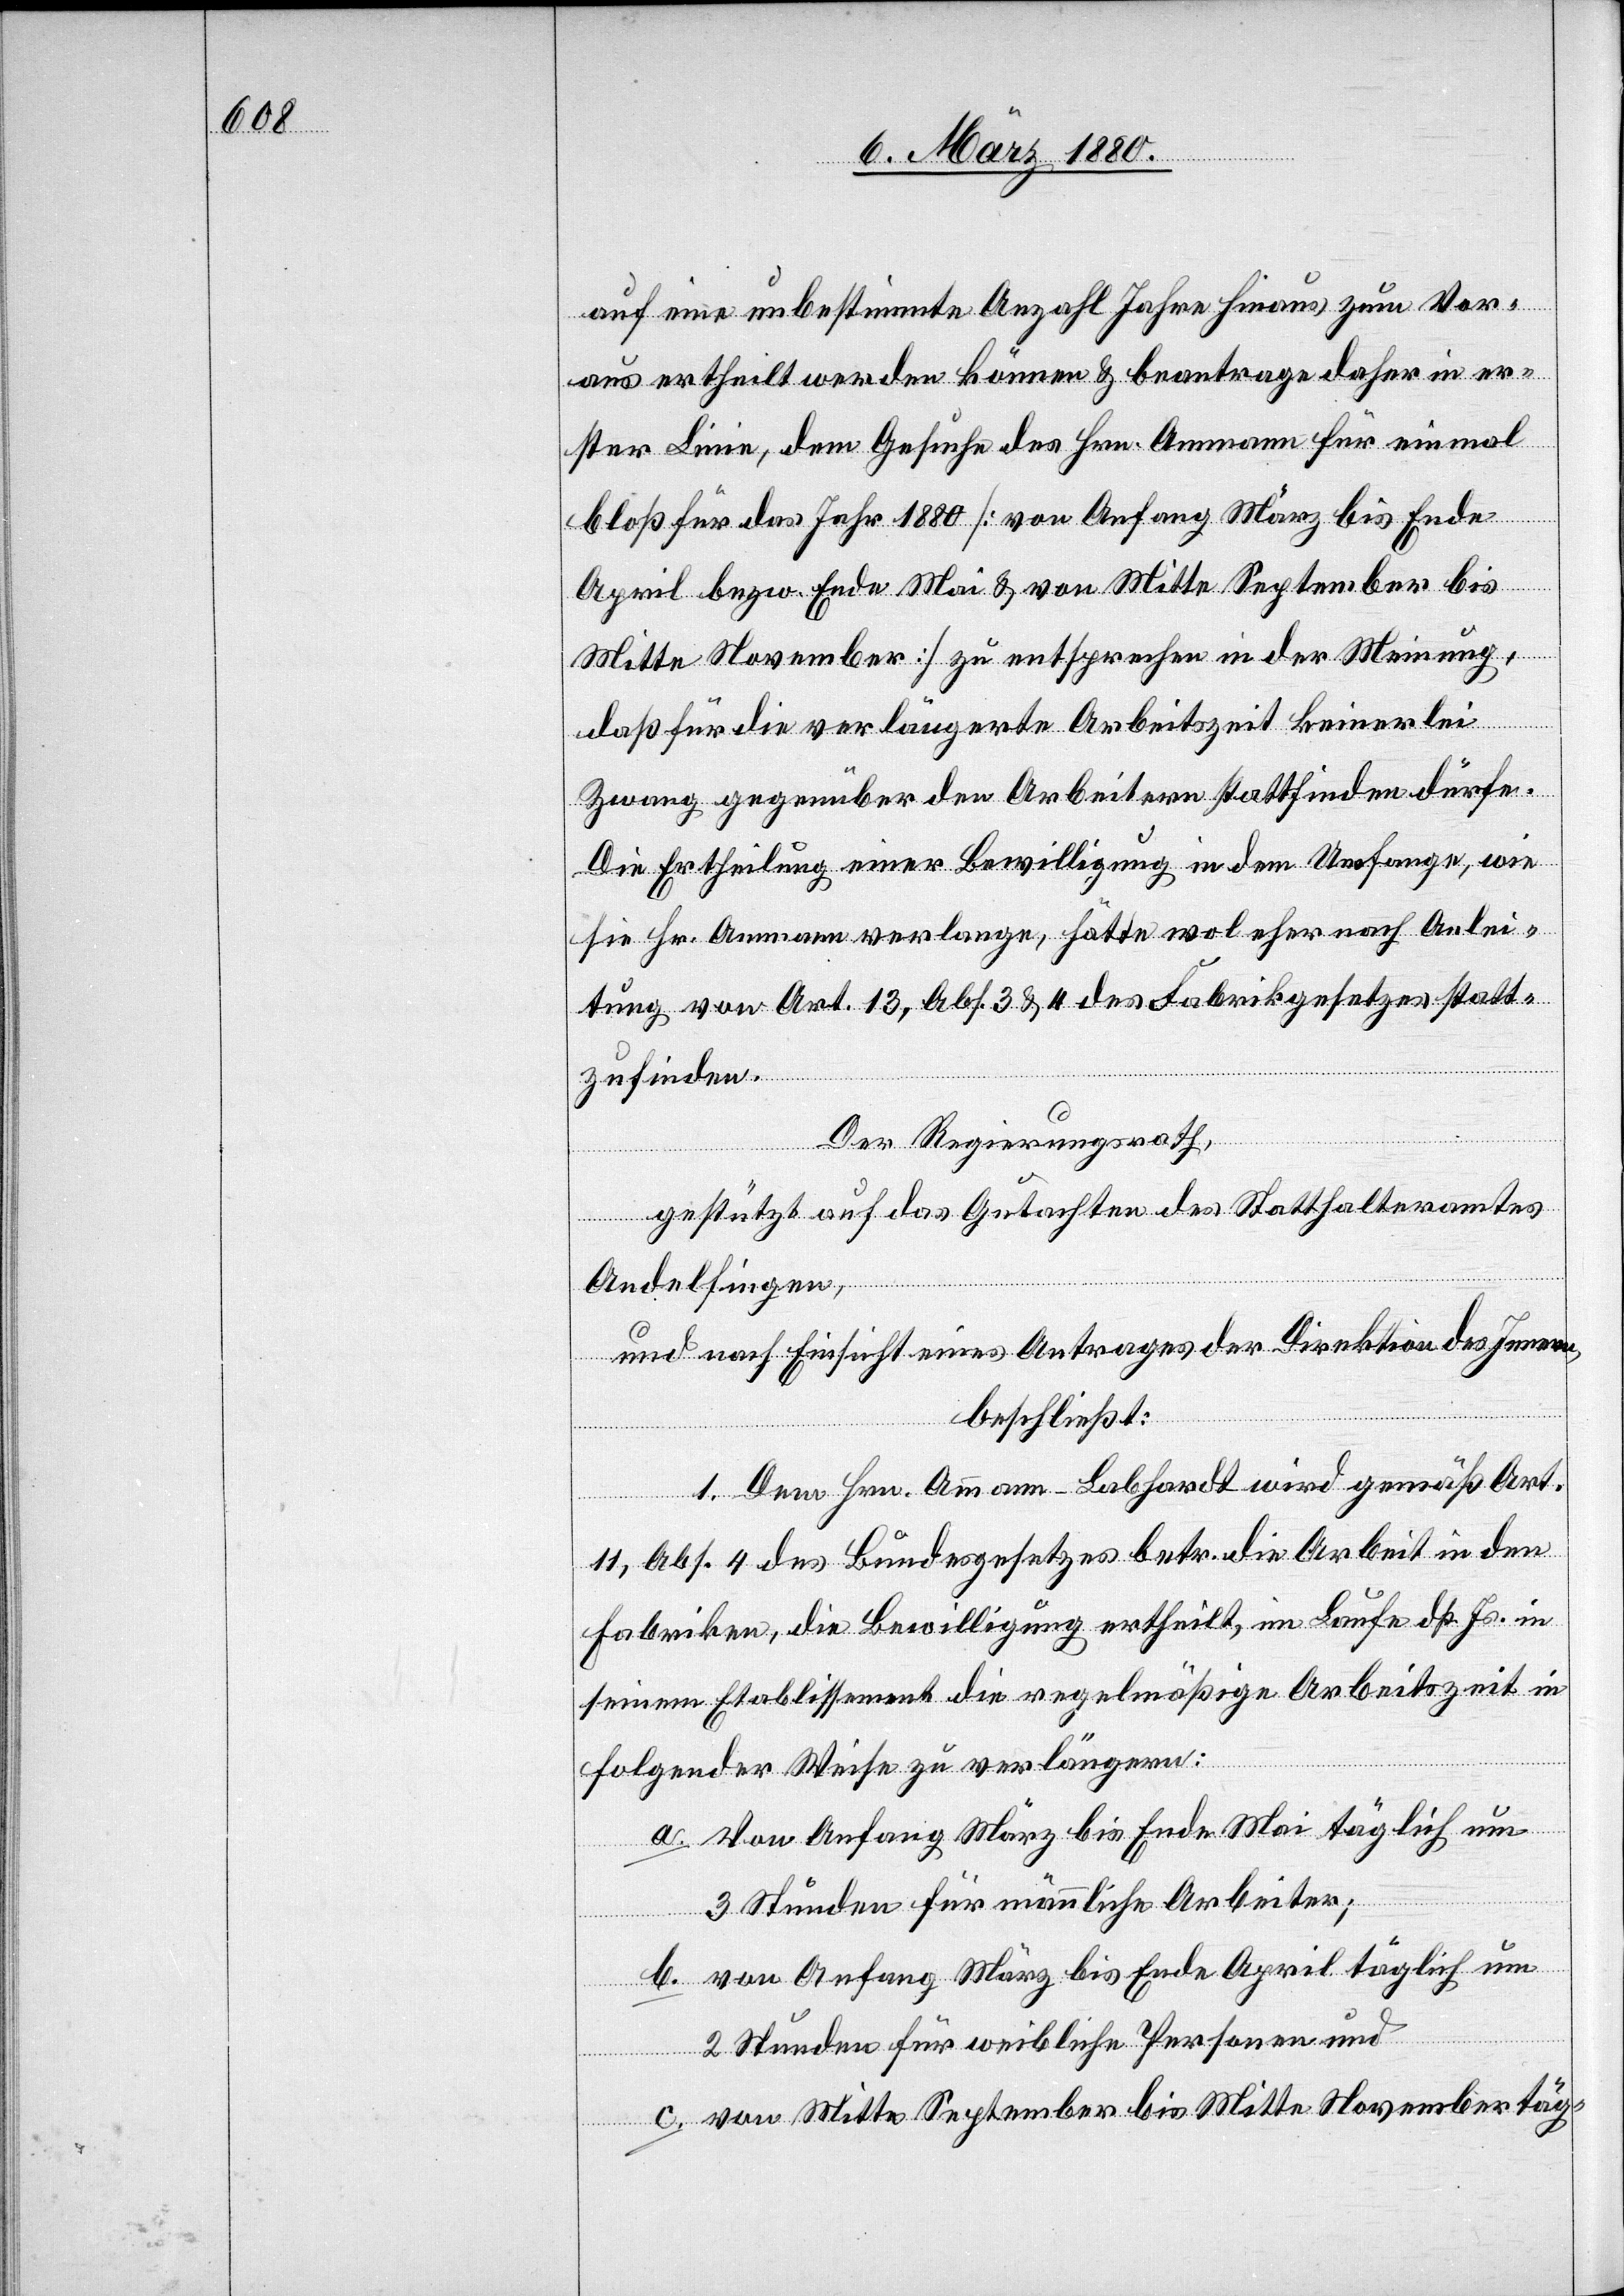
auf eine unbestimmte Anzahl Jahre hinaus zum Vor¬
aus ertheilt werden können & beantrage daher in er¬
ster Linie, dem Gesuche des Hrn. Ammann für einmal
bloß für das Jahr 1880 [von Anfang März bis Ende
April bezw. Ende Mai & von Mitte September bis
Mitte November] zu entsprechen in der Meinung,
daß für die verlängerte Arbeitszeit keinerlei
Zwang gegenüber den Arbeitern stattfinden dürfe.
Die Ertheilung einer Bewilligung in dem Umfange, wie
sie Hr. Ammann verlange, hätte wol eher nach Anlei¬
tung von Art. 13, Abs. 3 & 4 des Fabrikgesetzes statt¬
zufinden.
Der Regierungsrath;
gestützt auf das Gutachten des Statthalteramtes
Andelfingen,
und nach Einsicht eines Antrages der Direktion des Innern,
beschließt:
1. Dem Hrn. Ammann-Labhardt wird gemäß Art.
11, Abs. 4 des Bundesgesetzes betr. die Arbeit in den
Fabriken, die Bewilligung ertheilt, im Laufe dß. Js. in
seinem Etablissement die regelmäßige Arbeitszeit in
folgender Weise zu verlängern:
a. Vom Anfang März bis Ende Mai täglich um
3 Stunden für männliche Arbeiter;
b. von Anfang März bis Ende April täglich um
2 Stunden für weibliche Personen und
c. von Mitte September bis Mitte November täg-